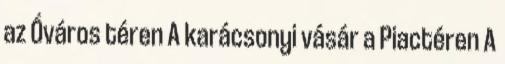
az Óváros téren A karácsonyi vásár a Piactéren A